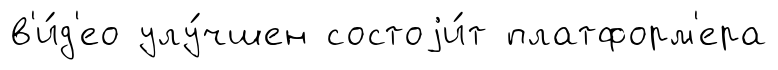
в'и́д'ео улу́чшен состоjи́т платформ'ера